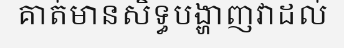
គាត់មានសិទ្ធបង្ហាញវាដល់